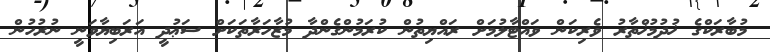
މުބާރަކްގެ ޚުދުމުޚްތާރު ވެރިކަން ވައްޓާލުމަށް ރައްޔިތުން ކުރަމުންގެންދާ މުޒާހަރާތަކަށް ސަޢުދީ އަރަބިޔާވަނީ ނުރުހުން